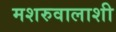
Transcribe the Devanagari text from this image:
मशरुवालाशी